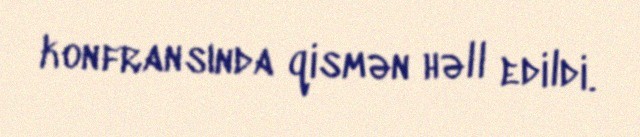
konfransında qismən həll edildi.